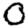
Digit: 0